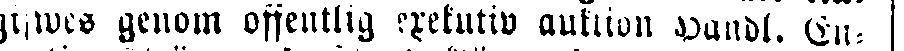
gifwes genom offentlig exekutiv auktion Handl. En-